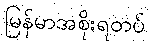
မြန်မာအစိုးရတပ်